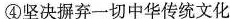
④坚决摒弃一切中华传统文化